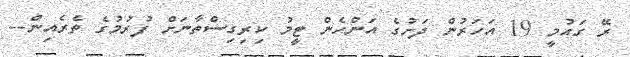
ރޭ ގައުމީ 19 އަހަރުން ދަށުގެ އަންހެން ޓީމު ކިރިގިސްތާނަށް ފުރުމުގެ ތެރެއިން--